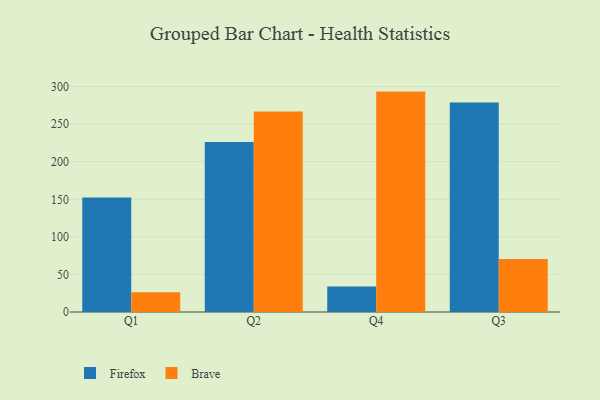
{"axis": {"x": "Quarter", "y": "Conversion Rate (%)"}, "legend": ["Brave", "Firefox"], "data": [{"x": "Q1", "y": 152.4, "type": "Firefox"}, {"x": "Q1", "y": 26.4, "type": "Brave"}, {"x": "Q2", "y": 226.3, "type": "Firefox"}, {"x": "Q2", "y": 266.8, "type": "Brave"}, {"x": "Q4", "y": 34.0, "type": "Firefox"}, {"x": "Q4", "y": 293.4, "type": "Brave"}, {"x": "Q3", "y": 279.0, "type": "Firefox"}, {"x": "Q3", "y": 70.6, "type": "Brave"}]}